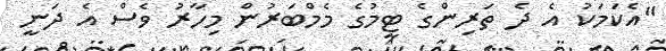
"އެކަމަކު އެ ދެ ތަރިންގެ ޓީމުގެ މެމްބަރުން މިހާރު ވެސް އެ ދަނީ